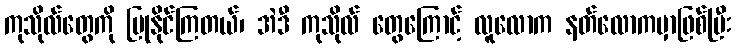
ကုသိုလ်တွေကို ပြုနိုင်ကြတယ်၊ အဲဒီ ကုသိုလ် တွေကြောင့် လူလောက နတ်လောကမှာဖြစ်ပြီး